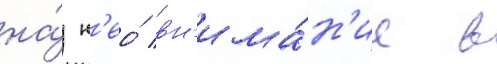
на́ н'ео́ вн'има́н'ие в